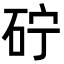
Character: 𮀓